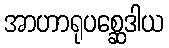
အာဟာရုပစ္ဆေဒါယ